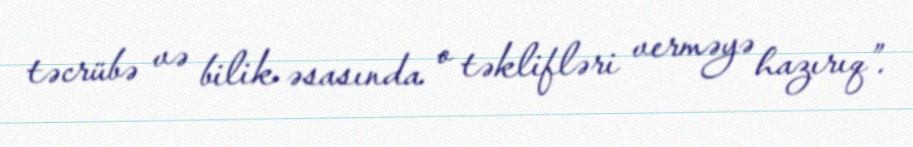
təcrübə və bilik əsasında o təklifləri verməyə hazırıq”.